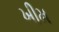
ખીમ